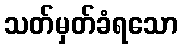
သတ်မှတ်ခံရသော